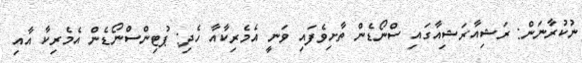
ނުކުރާނަން: ރަޝިއާރަޝިއާގައި ސްނޯޑެން ތާށިވެފައި ވަނީ އެމެރިކާއާ ހެދި: ޕުޓިންސްނޯޑެން އެމެރިކާ އާއި